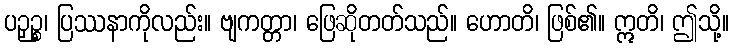
ပဉှဉ္စ၊ ပြဿနာကိုလည်း။ ဗျကတ္တာ၊ ဖြေဆိုတတ်သည်။ ဟောတိ၊ ဖြစ်၏။ ဣတိ၊ ဤသို့။